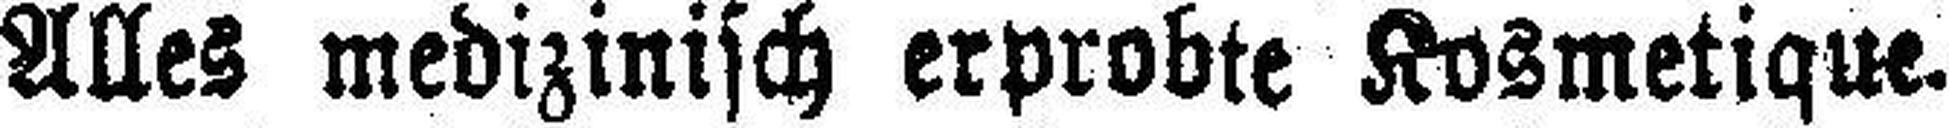
Alles medizinisch erprobte Kosmetique.